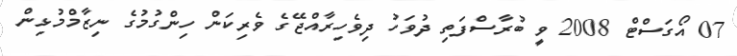
07 އޯގަސްޓް 2008 ވީ ބުރާސްފަތި ދުވަހު ދިވެހިރާއްޖޭގެ ވެރިކަން ހިންގުމުގެ ނިޒާމްމުޅިން